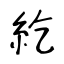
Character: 紇